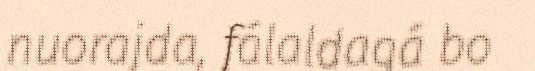
nuorajda, fálaldagá bo